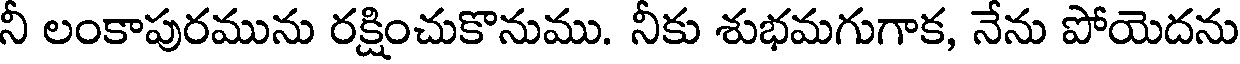
నీ లంకాపురమును రక్షించుకొనుము. నీకు శుభమగుగాక, నేను పోయెదను